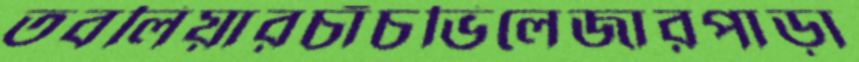
তবলিয়ারচাঁচভিলেজারপাড়া